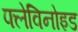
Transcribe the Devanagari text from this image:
फ्लेविनोइड